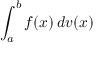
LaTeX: \int _ { a } ^ { b } f ( x ) \, d v ( x )